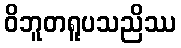
ဝိဘူတရူပသညိဿ